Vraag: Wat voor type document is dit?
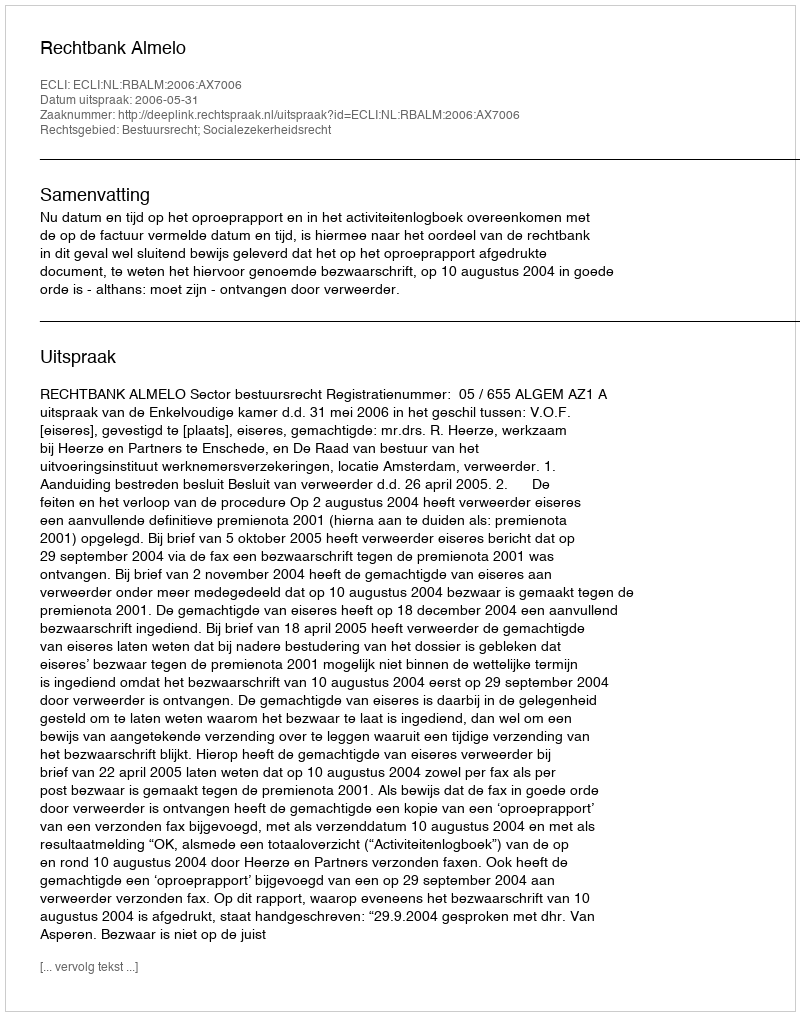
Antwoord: Uitspraak